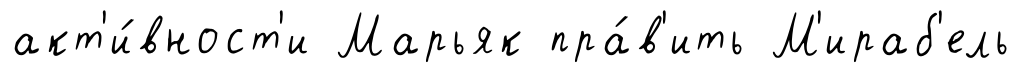
акт'и́вност'и Марьяк пра́в'ить М'ираб'ель